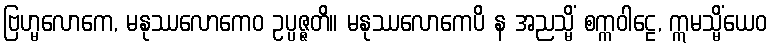
ဗြဟ္မလောကေ, မနုဿလောကေဝ ဥပ္ပဇ္ဇတိ။ မနုဿလောကေပိ န အညသ္မိံ စက္ကဝါဠေ, ဣမသ္မိံယေဝ